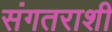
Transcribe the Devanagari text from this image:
संगतराशी